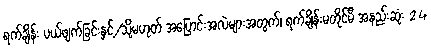
ရက်ချိန်း ပယ်ဖျက်ခြင်းနှင့်/သို့မဟုတ် အပြောင်းအလဲများအတွက်၊ ရက်ချိန်းမတိုင်မီ အနည်းဆုံး 24